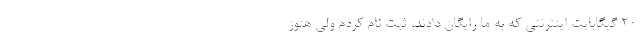
۲۰ گیگابایت اینترنتی که به ما رایگان دادند، ثبت نام کردم ولی هنوز